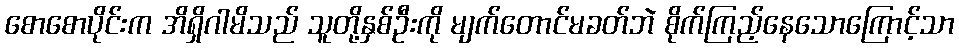
စောစောပိုင်းက အိရှိဂါမိသည် သူတို့နှစ်ဦးကို မျက်တောင်မခတ်ဘဲ စိုက်ကြည့်နေသောကြောင့်သာ